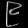
Digit: ၉